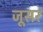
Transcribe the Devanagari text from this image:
जूसर